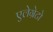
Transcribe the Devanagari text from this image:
एलेग्रेटो